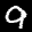
Label: 9